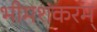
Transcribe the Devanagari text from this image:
भीमशंकरम्